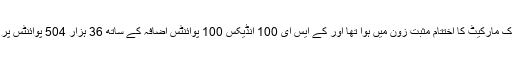
بدھ کو سٹاک مارکیٹ کا اختتام مثبت زون میں ہوا تھا اور کے ایس ای 100 انڈیکس 100 پوائنٹس اضافہ کے ساتھ 36 ہزار 504 پوائنٹس پر بند ہوا تھا۔